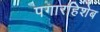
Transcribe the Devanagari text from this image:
पगारहिशेब